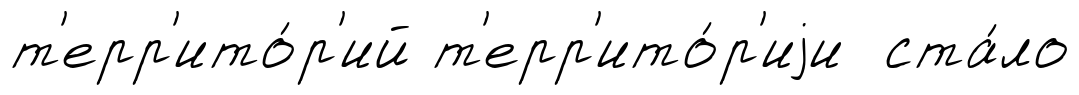
т'ерр'ито́р'ий т'ерр'ито́р'иjи ста́ло